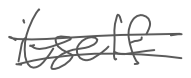
Text: itself
Cross-out: double-line
Writing tool: digital_gray